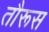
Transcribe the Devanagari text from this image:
तौरूस